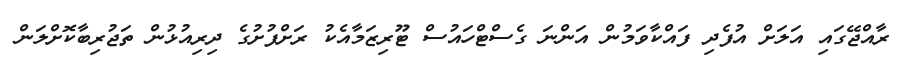
ރާއްޖޭގައި އަލަށް އުފެދި ފައްކާވަމުން އަންނަ ގެސްޓްހައުސް ޓޫރިޒަމާއެކު ރަށްފުށުގެ ދިރިއުޅުން ތަޖުރިބާކޮށްލަން